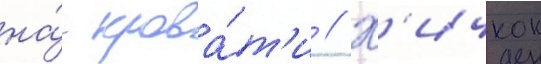
на́ крова́т'и // Х'ичкок